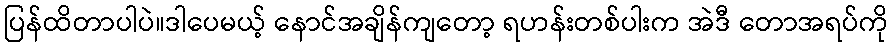
ပြန်ထိတာပါပဲ။ဒါပေမယ့် နောင်အချိန်ကျတော့ ရဟန်းတစ်ပါးက အဲဒီ တောအရပ်ကို